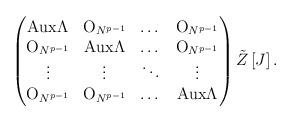
LaTeX: \begin{align*} \begin{pmatrix} \mbox{Aux}\Lambda & \mbox{O}_{N^{p-1}}& \dots & \mbox{O}_{N^{p-1}} \\ \mbox{O}_{N^{p-1}}& \mbox{Aux}\Lambda & \dots & \mbox{O}_{N^{p-1}}\\ \vdots & \vdots & \ddots & \vdots \\ \mbox{O}_{N^{p-1}} & \mbox{O}_{N^{p-1}}& \dots & \mbox{Aux}\Lambda \end{pmatrix}\tilde{Z}\left[J \right].\end{align*}